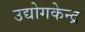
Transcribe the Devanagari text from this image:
उद्योगकेन्द्र